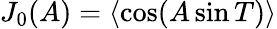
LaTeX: J_{0}(A)=\langle\cos(A\sin T)\rangle